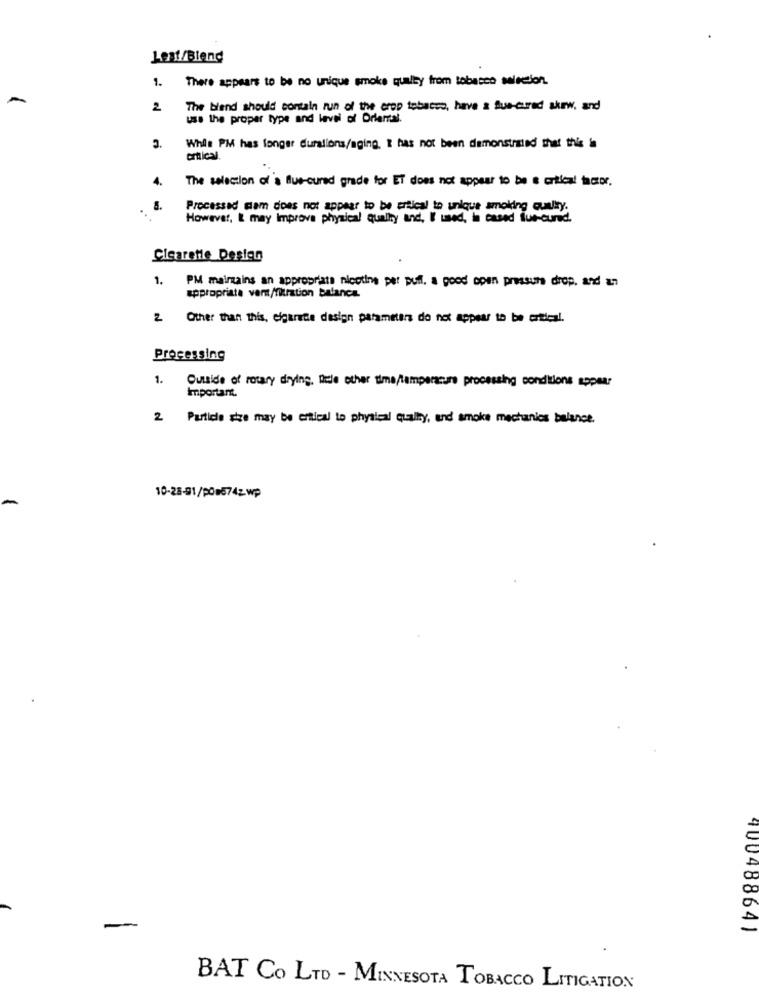
Lest/Blend
There appears to be no unique smoke quality from tobacco selection.
1.
2
The blend should contain run of the crop tobacco, have a Sua-cured skrw, and
use the proper type and level of Oriental.
While PM has longer durations/aging. I has not been demonstrated that this is
critical.
4.
The selection of's Bue-cured grade for ET does not appear to be & cortical factor.
8.
Processad cam does not appear to be ertical to unique smoking quality.
..
However, I may Improve physical qually and, I' used, in cased fue-cured.
Cigarette Design
1.
PM mainzains an appropriate nicotine per puff. a good open pressure drop. and an
appropriate var/fitration balance.
2 Other than this, cigarette design parameters do not appear to be arttel.
Processing
1.
Outside of rotary drying, title other time/temperature processing conditions appear
Important.
2 Particle size may be ertical to physical quality, and smoke mechanics balance.
10-25-91/POD674z wp
400488641
BAT CO LTD - MINNESOTA TOBACCO LITIGATION